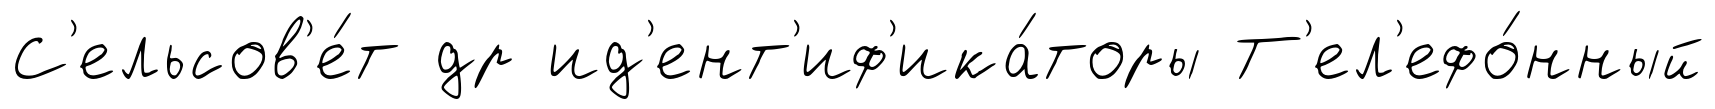
С'ельсов'е́т др ид'ент'иф'ика́торы Т'ел'ефо́нный